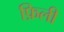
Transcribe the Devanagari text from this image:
फ़िली